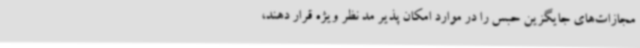
مجازات‌های جایگزین حبس را در موارد امکان پذیر مد نظر ویژه قرار دهند،